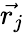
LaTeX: \vec{r_{j}}